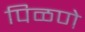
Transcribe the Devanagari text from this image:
पिळणे